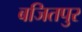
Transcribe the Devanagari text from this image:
बजितपुर